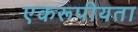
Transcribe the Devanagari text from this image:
एकरूपीयता